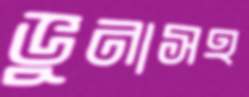
ভুনাসহ